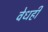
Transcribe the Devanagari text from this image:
वेधही